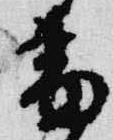
番